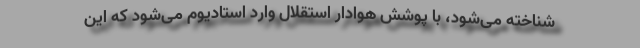
شناخته می‌شود، با پوشش هوادار استقلال وارد استادیوم می‌شود که این